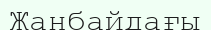
Жанбайдағы